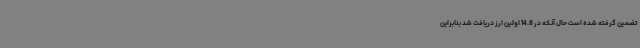
تضمین گرفته شده است حال آنکه در 14.8 اولین ارز دریافت شد بنابراین